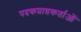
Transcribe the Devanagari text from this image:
पदकप्राप्तकर्ताओं